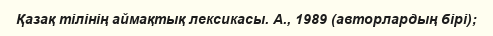
Қазақ тілінің аймақтық лексикасы. А., 1989 (авторлардың бірі);